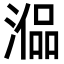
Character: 𣼞